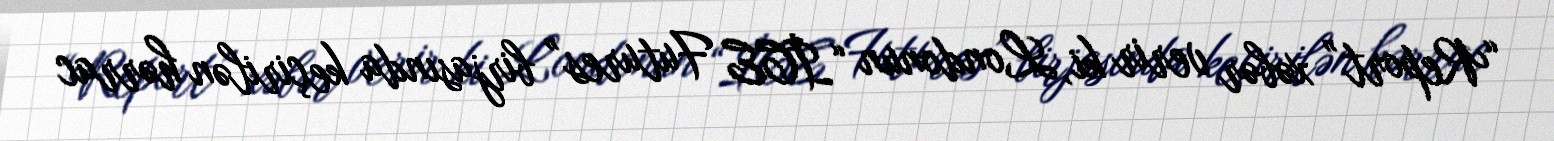
“Report” xəbər verir ki, Londonun “İCE Futures” birjasında keçirilən hərrac